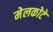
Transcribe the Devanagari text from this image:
मेलकोटे